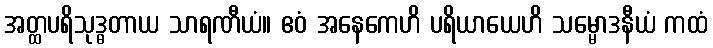
အတ္ထပရိသုဒ္ဓတာယ သာရဏီယံ။ ဧဝံ အနေကေဟိ ပရိယာယေဟိ သမ္မောဒနီယံ ကထံ